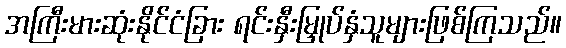
အကြီးမားဆုံးနိုင်ငံခြား ရင်းနှီးမြှုပ်နှံသူများဖြစ်ကြသည်။